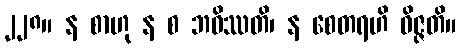
၂၂၈။ န စာဟု န စ ဘဝိဿတိ၊ န စေတရဟိ ဝိဇ္ဇတိ။